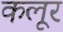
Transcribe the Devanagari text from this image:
कलूर